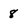
Character: 8